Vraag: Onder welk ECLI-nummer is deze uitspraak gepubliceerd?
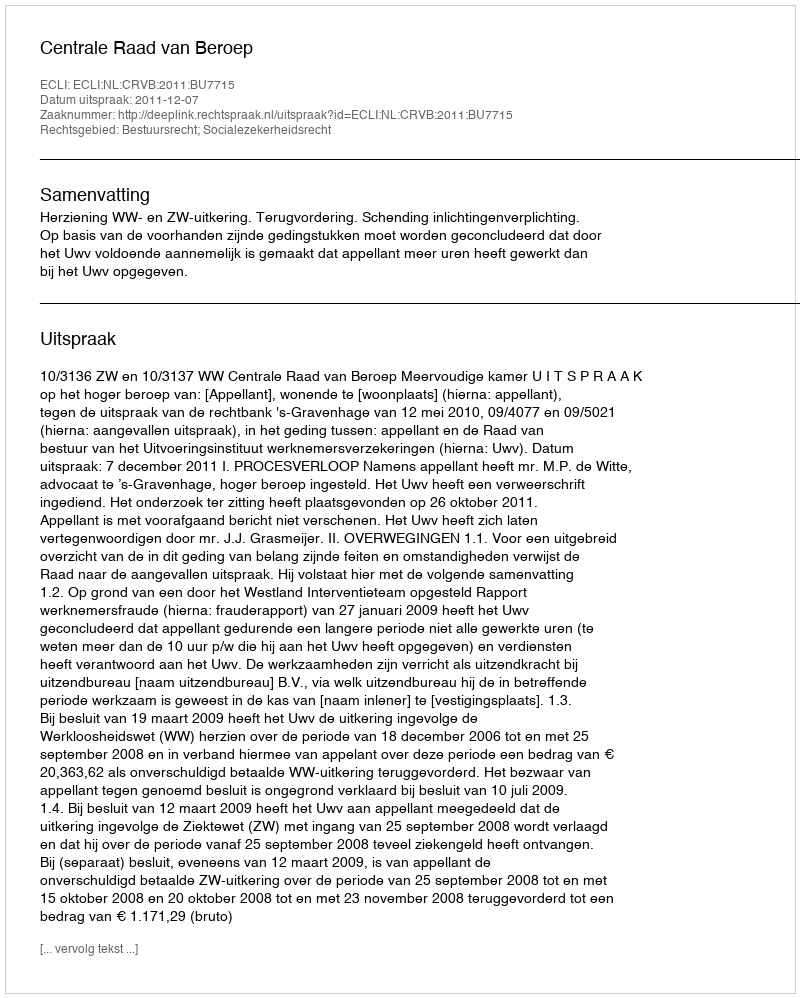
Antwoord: ECLI:NL:CRVB:2011:BU7715